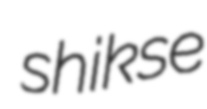
shikse